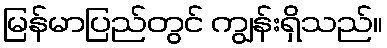
မြန်မာပြည်တွင် ကျွန်းရှိသည်။